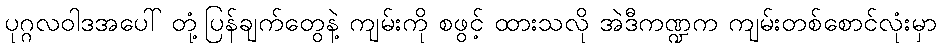
ပုဂ္ဂလဝါဒအပေါ် တုံ့ပြန်ချက်တွေနဲ့ ကျမ်းကို စဖွင့် ထားသလို အဲဒီကဏ္ဍက ကျမ်းတစ်စောင်လုံးမှာ